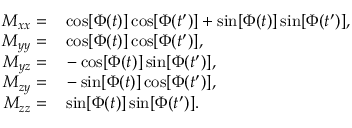
\begin{array} { r l } { M _ { x x } = } & { { } \cos [ \Phi ( t ) ] \cos [ \Phi ( t ^ { \prime } ) ] + \sin [ \Phi ( t ) ] \sin [ \Phi ( t ^ { \prime } ) ] , } \\ { M _ { y y } = } & { { } \cos [ \Phi ( t ) ] \cos [ \Phi ( t ^ { \prime } ) ] , } \\ { M _ { y z } = } & { { } - \cos [ \Phi ( t ) ] \sin [ \Phi ( t ^ { \prime } ) ] , } \\ { M _ { z y } = } & { { } - \sin [ \Phi ( t ) ] \cos [ \Phi ( t ^ { \prime } ) ] , } \\ { M _ { z z } = } & { { } \sin [ \Phi ( t ) ] \sin [ \Phi ( t ^ { \prime } ) ] . } \end{array}